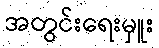
အတွင်းရေးမှူး